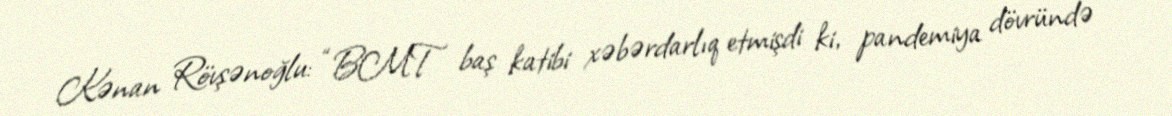
Kənan Rövşənoğlu: “BMT baş katibi xəbərdarlıq etmişdi ki, pandemiya dövründə